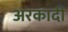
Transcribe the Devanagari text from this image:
अरकादी